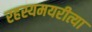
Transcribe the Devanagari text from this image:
रहस्यमयरीत्या